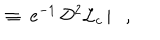
{ } ~ \equiv ~ \mathrm { e } ^ { - 1 } \, { \cal D } ^ { 2 } { \cal L } _ { c } \, | , { ~ ~ }